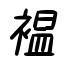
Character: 褞